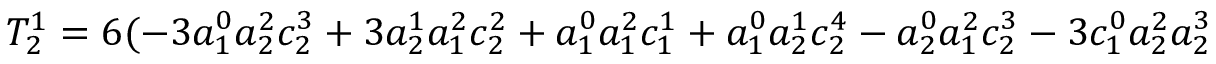
T _ { 2 } ^ { 1 } = 6 ( - 3 a _ { 1 } ^ { 0 } a _ { 2 } ^ { 2 } c _ { 2 } ^ { 3 } + 3 a _ { 2 } ^ { 1 } a _ { 1 } ^ { 2 } c _ { 2 } ^ { 2 } + a _ { 1 } ^ { 0 } a _ { 1 } ^ { 2 } c _ { 1 } ^ { 1 } + a _ { 1 } ^ { 0 } a _ { 2 } ^ { 1 } c _ { 2 } ^ { 4 } - a _ { 2 } ^ { 0 } a _ { 1 } ^ { 2 } c _ { 2 } ^ { 3 } - 3 c _ { 1 } ^ { 0 } a _ { 2 } ^ { 2 } a _ { 2 } ^ { 3 }